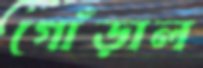
গোঁড়াল